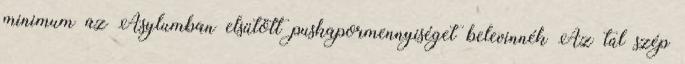
minimum az Asylumban elsütött puskapormennyiséget belevinnék Az túl szép